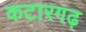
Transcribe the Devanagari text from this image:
कटारगढ़